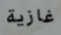
غازية